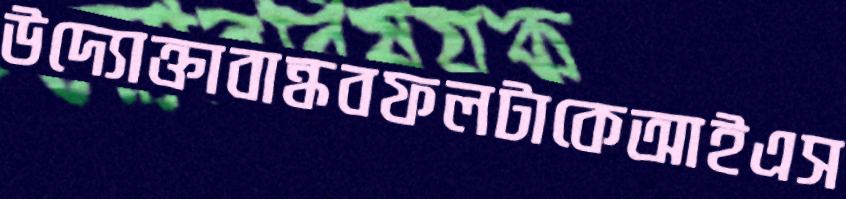
উদ্যোক্তাবান্ধবফলটাকেআইএস